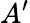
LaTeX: A^{\prime}